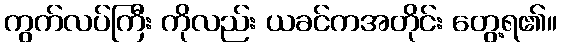
ကွက်လပ်ကြီး ကိုလည်း ယခင်ကအတိုင်း တွေ့ရ၏။